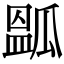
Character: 㼔